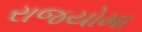
રાજયોમા